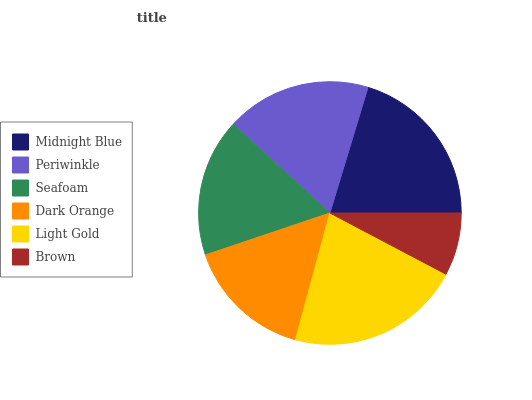
| Midnight Blue | Periwinkle | Seafoam | Dark Orange | Light Gold | Brown |
 | --- | --- | --- | --- | --- | --- |
 | 20.4% | 17.8% | 17% | 15.6% | 21.5% | 7.72% |